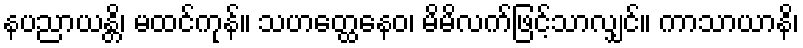
နပညာယန္တိ၊ မထင်ကုန်။ သဟတ္ထေနေဝ၊ မိမိလက်ဖြင့်သာလျှင်။ ကာသာယာနိ၊